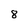
Character: 8